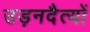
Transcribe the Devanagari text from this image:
उड़नदैत्यों